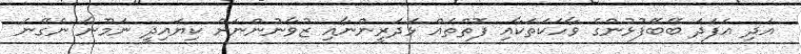
އަދި އެފަދަ ބޭބޭފުޅުންގެ ވާހަކަތަކާއި ފޮތްތައް ޅަދަރީންނާއި ޒުވާނުންނަށް ކިޔައިދީ ނަމޫނާ ނެގޭނެ